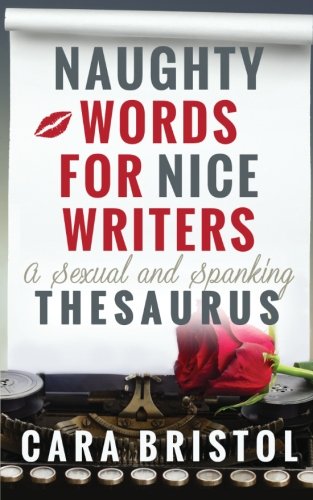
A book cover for Naughty Words for Nice Writers: A Sexual and Spanking Thesaurus; Cara Bristol; Reference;